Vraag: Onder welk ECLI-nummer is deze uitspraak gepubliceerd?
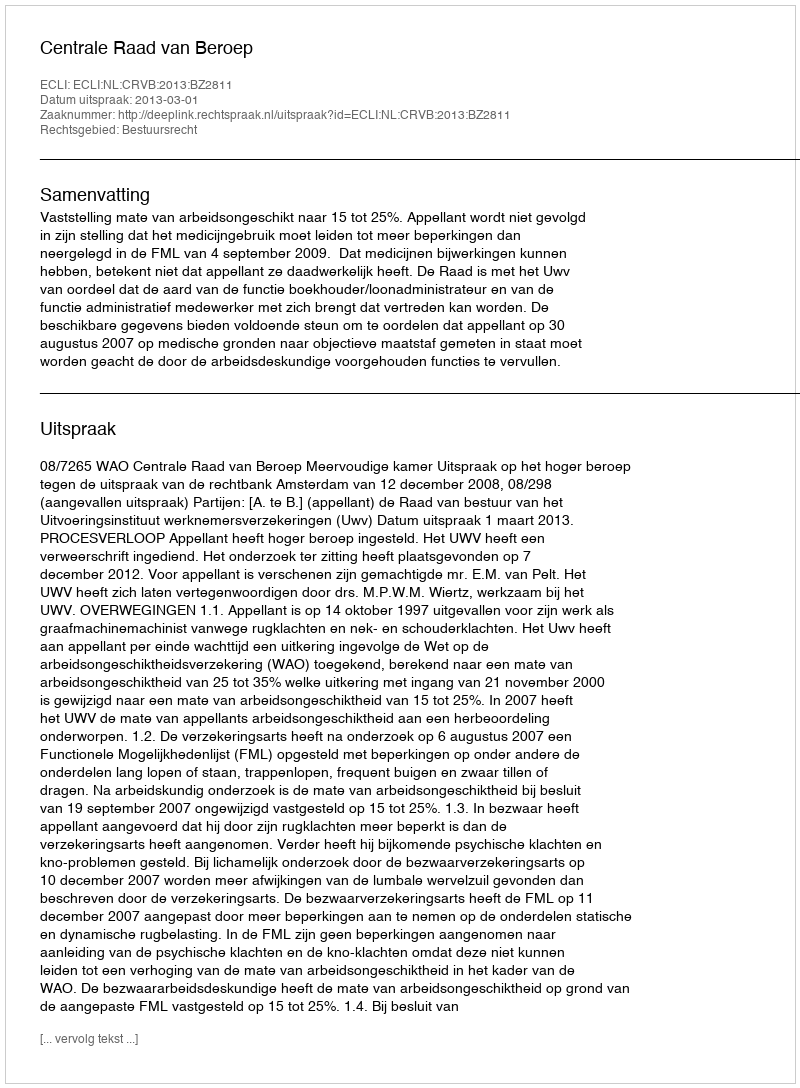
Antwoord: ECLI:NL:CRVB:2013:BZ2811